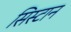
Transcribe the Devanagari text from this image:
सिस्टान